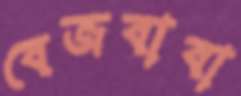
বেজবাবা